Report on vaccination in the Province of Bengal - 1874-1889
Year: 1874
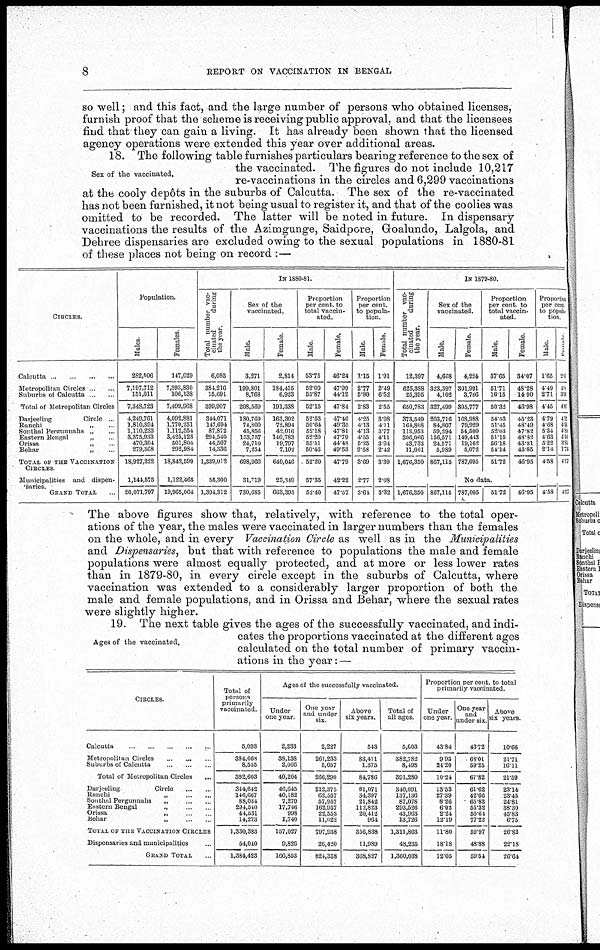
8
REPORT ON VACCINATION IN BENGAL
so well; and this fact, and the large number of persons who obtained licenses,
furnish proof that the scheme is receiving public approval, and that the licensees
find that they can gain a living. It has already been shown that the licensed
agency operations were extended this year over additional areas.
Sex of the vaccinated.
18. The following table furnishes particulars bearing reference to the sex of
the vaccinated. The figures do not include 10,217
re-vaccinations in the circles and 6,299 vaccinations
at the cooly depôts in the suburbs of Calcutta. The sex of the re-vaccinated
has not been furnished, it not being usual to register it, and that of the coolies was
omitted to be recorded. The latter will be noted in future. In dispensary
vaccinations the results of the Azimgunge, Saidpore, Goalundo, Lalgola, and
Dehree dispensaries are excluded owing to the sexual populations in 1880-81
of these places not being on record :—
CIRCLES.
Calcutta ..
...
...
Metropolitan Circles ...
Suburbs of Calcutta ...
Total of Metropolitan Circles
Darjeeling
Circle
.
Ranchi
„ ...
Sonthal Pergunnahs
„
...
Eastern Bengal
„
Orissa
„
...
Behar
„ ...
TOTAL OF THE VACCINATION
CIRCLES.
Municipalities and dispen-
saries.
GRAND TOTAL.
Population.
Males
282,506
7,197,712
151,011
7,348,723
4,249,761
1,810,894
1,110,233
3,375,933
470,304
279,368
18,927,222
1,144,575
20,071,797
Females
147,029
7,393,830
106,138
7,499,968
4,092,881
1,770,251
1,112,554
3,425,128
501,804
292,984
18,842,599
1,122,465
19,965,064
IN 1880-81.
Total number vac-
cinated
during
the year.
6,085
381,216
15,691
399,907
344,071
147,694
87,872
294,540
44,507
14,336
1,339,012
56,300
1,394,312
Set of the
vaccinated.
Male.
3,271
199,801
8,768
208,569
180,769
74,800
45,856
153,757
24,710
7,254
698,966
31,719
730,685
Female.
2,814
184,415
6,923
191,333
163,302
72,894
42,016
140,783
19,797
7,102
640,046
23,349
663,395
Proportion
per cent. to
total vaccin-
ated.
Male
53.75
52.00
55.87
52.15
52.53
50.64
52.18
52.20
55.51
50.46
52.20
57.35
52.40
Female.
46.24
47.99
44.12
47.84
47.46
49.35
47.81
47.79
44.48
49.53
47.79
42.22
47.57
Proportion
per cent.
to popula-
tion.
Male.
1.15
2.77
5.80
2.83
4.25
4.13
4.13
4.55
5.25
2.58
3.69
2.77
3.64
Female.
1.91
2.49
6.52
2.55
3.98
4.11
3.77
4.11
3.94
2.42
3.39
2.08
3.32
IN 1879-80.
Total number vac-
cinated
during
the year.
12,397
625,388
25,395
650,783
373,549
164,808
113,953
306,066
43,733
11,061
1,676,350
Sex of the
vaccinated.
Male.
4,668
323,397
4,102
327,499
203,716
84,807
59,294
156,571
24,571
5,989
867,115
Female.
4,224
301,991
3,786
305,777
168,988
79,929
54,500
149,413
19,162
5,072
787,095
Proportion
per cent to
total vaccin-
ated.
Male.
37.65
51.71
16.15
50.32
54.53
51.45
52.03
51.15
56.18
54.14
51.72
Female.
34.07
48.28
14.90
46.98
45.23
48.49
47.82
48.32
43.81
45.85
46.95
Proportion
per cent
to popula
tion
Male.
1.65
4.49
2.71
4.45
4.79
4.68
5.34
4.63
5.22
2.14
4.58
Female.
2.1
4.0
3.55
4.65
4. 12
4. 51
4.53
4.30
3.81
1. 73
4. 17
No data.
1,676,350 867,115 787,095
51.72
46.95 4.53 4. 17
The above figures show that, relatively, with reference to the total oper-
ations of the year, the males were vaccinated in larger numbers than the females
on the whole, and in every Vaccination Circle as well as in the Municipalities
and Dispensaries, but that with reference to populations the male and female
populations were almost equally protected, and at more or less lower rates
than in 1879-80, in every circle except in the suburbs of Calcutta, where
vaccination was extended to a considerably larger proportion of both the
male and female populations, and in Orissa and Behar, where the sexual rates
were slightly higher.
Ages of the vaccinated.
19. The next table gives the ages of the successfully vaccinated, and indi-
cates the proportions vaccinated at the different ages
calculated on the total number of primary vaccin-
ations in the year: —
CIRCLES
Calcutta
...
...
...
...
Metropolitan Circles ... ... ...
Suburbs of Calcutta
...
...
...
Total of Metropolitan Circles
...
Darjeeling
Circle
Ranchi
„ ... ...
Sonthal Pergunnahs
„ ...
Eastern Bengal
., ...
Orissa
„ ...
Behar
„
... ...
TOTAL OF THE VACCINATION CIRCLES
Dispensaries and municipalities ...
GRAND TOTAL ...
Total of
persons
primarily
vaccinated.
5,093
384,068
8,535
392,603
344,642
146,667
88,034
294,540
44,531
14,273
1,330,383
54,040
1,384,423
Ages of the successfully vaccinated.
Under
one year.
2,233
38,138
2,066
40,204
40,645
40,182
7,279
17,746
998
1,740
157,027
9,826
166,853
One year
and under
six.
2,227
261,233
5,057
266,290
212,375
62,557
57,957
162,957
22,553
11,022
797,938
26,420
824,358
Above
six years.
543
83,411
1,375
84,786
81,071
34,397
21,842
112,823
20,412
964
356,838
11,989
368,827
Total of
all ages.
5,603
382,782
8,498
391,280
340,091
137,136
87,078
293,526
43,963
13,726
1,311,803
43,235
1,360,038
Proportion per cent to total
primarily vaccinated.
Under
one year.
43.84
9.93
24.20
10.24
13.53
27.39
8.26
6.02
2.24
12.19
11.80
18.13
12.05
One year
and
under six.
43.72
63.01
59.25
67.82
61.62
42.66
65.83
55.32
50.61
77.22
59.97
48.88
59.54
Above
six years.
10.66
21.71
16.11
21.59
23.14
23.45
24.81
38.30
45.83
6.75
26.82
22.18
26.64